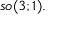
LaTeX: { \mathfrak { s o } } ( 3 ; 1 ) .